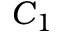
C _ { 1 }